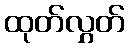
ထုတ်လွှတ်